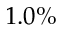
1 . 0 \%